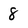
Character: 8